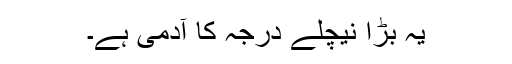
یہ بڑا نیچلے درجہ کا آدمی ہے۔